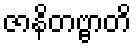
ဇာနိတဗ္ဗာတိ